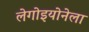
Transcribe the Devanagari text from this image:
लेगोइयोनेला